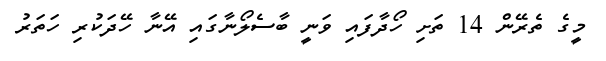
މީގެ ތެރޭން 14 ތަށި ހޯދާފައި ވަނީ ބާސެލޯނާގައި އޭނާ ހޭދަކުރި ހަތަރު